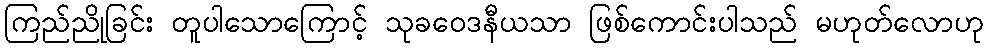
ကြည်ညိုခြင်း တူပါသောကြောင့် သုခဝေဒနီယသာ ဖြစ်ကောင်းပါသည် မဟုတ်လောဟု